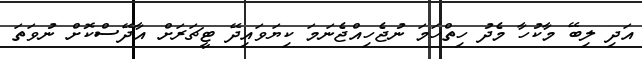
އަދި ލިބޭ މާކުހާ މެދު ހިތްހަމަ ނުޖެހިއްޖެނަމަ ކިޔަވައިދޭ ޓީޗަރަށް އާދޭސްކޮށް ނުވަތަ